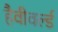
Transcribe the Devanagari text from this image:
हैवीवर्ल्ड